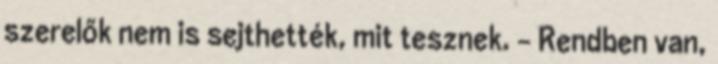
szerelők nem is sejthették, mit tesznek. - Rendben van,